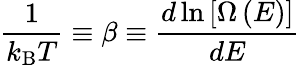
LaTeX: {\frac{1}{k_{\mathrm{B}}T}}\equiv\beta\equiv{\frac{d\ln\left[\Omega\left(E\right)\right]}{dE}}